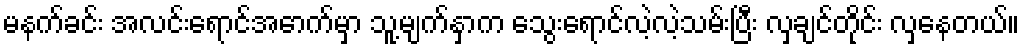
မနက်ခင်း အလင်းရောင်အောက်မှာ သူ့မျက်နှာက သွေးရောင်လဲ့လဲ့သမ်းပြီး လှချင်တိုင်း လှနေတယ်။